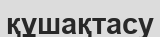
құшақтасу